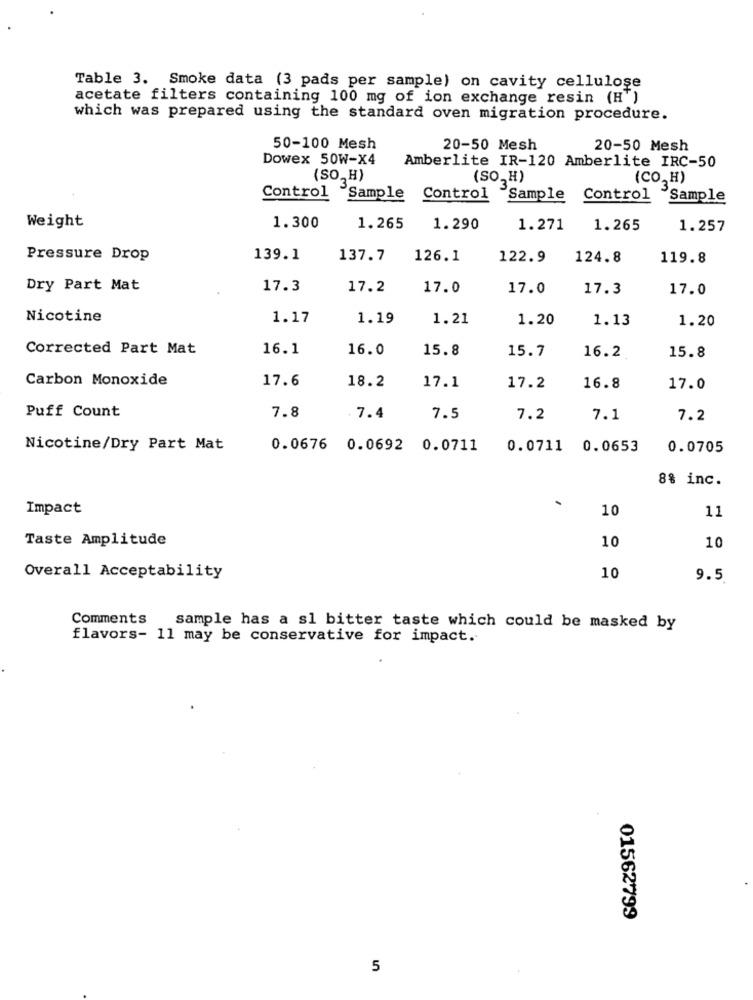
Table 3. Smoke data (3 pads per sample) on cavity cellulose
acetate filters containing 100 mg of ion exchange resin (H')
which was prepared using the standard oven migration procedure.
50-100 Mesh
20-50 Mesh
20-50 Mesh
Dowex 50W-X4
Amberlite IR-120 Amberlite IRC-50
(SO, H)
(SO. H)
(CO, H)
Control
Sample
Control
Sample
Control Sample
Weight
1.300
1.265
1.290
1.271
1.265
1.257
Pressure Drop
139.1
137.7
126.1
122.9
124.8
119.8
Dry Part Mat
17.3
17.2
17.0
17.0
17.3
17.0
Nicotine
1.17
1.19
1.21
1.20
1.13
1.20
Corrected Part Mat
16.1
16.0
15.8
15.7
16.2
15.8
Carbon Monoxide
17.6
18.2
17.1
17.2
16.8
17.0
Puff Count
7.8
7.4
7.5
7.2
7.1
7.2
Nicotine/Dry Part Mat
0.0676 0.0692 0.0711
0.0711
0.0653
0.0705
8% inc.
Impact
10
11
Taste Amplitude
10
10
Overall Acceptability
10
9.5
Comments
sample has a sl bitter taste which could be masked by
flavors- 11 may be conservative for impact.
01562799
5